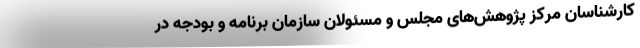
کارشناسان مرکز پژوهش‌های مجلس و مسئولان سازمان برنامه و بودجه در